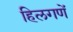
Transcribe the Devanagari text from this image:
हिलगणें